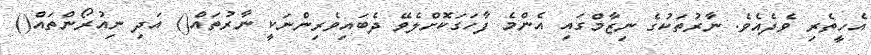
އެހީތެރި ވެދެއެވެ. ނާރުތަކުގެ ނިޒާމްގައި އެންމެ ފާހަގަކޮށްލެވޭ ދެބައިވެރިންނަކީ ނާރުތައް() އަދި ނިއުރޯންތައް()